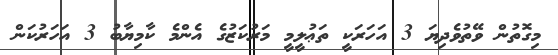
މިގޮތުން ވޭތުވެދިޔަ 3 އަހަރަކީ ތަޢުލީމީ މަރުކަޒުގެ އެންމެ ކާމިޔާބު 3 އަހަރުކަން